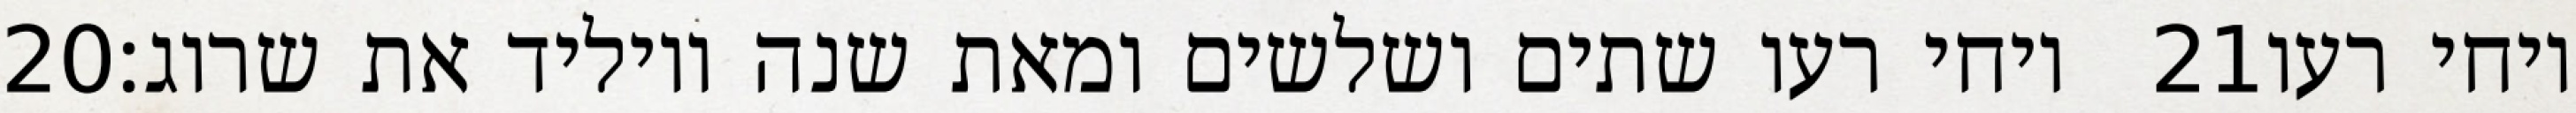
‎20‏ ויחי רעו שתים ושלשים ומאת שנה ויוליד את שרוג׃ ‎21‏ ויחי רעו